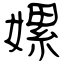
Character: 嫘